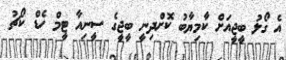
އެ ގޯލު ބީޖީއަށް ކާމިޔާބު ކޮށްދިނީ ބީޖީގެ ސީނިއާ ޓީމް ހެޑް ކޯޗު